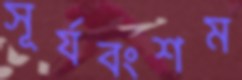
সূর্যবংশম